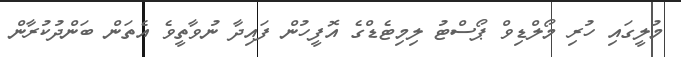
މުލީގައި ހުރި މޯލްޑިވް ޕޯސްޓު ލިމިޓެޑްގެ އޮފީހުން ފައިދާ ނުވާތީވެ އެތަން ބަންދުކުރާން